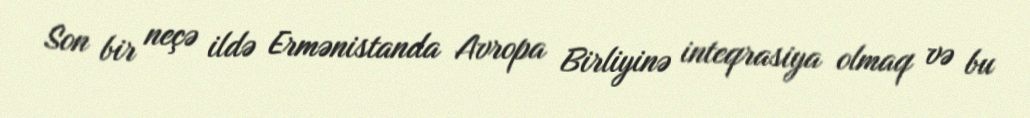
Son bir neçə ildə Ermənistanda Avropa Birliyinə inteqrasiya olmaq və bu